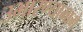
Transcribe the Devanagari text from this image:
उभारण्यामागे